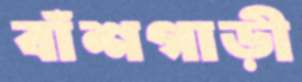
বাঁশগাড়ী